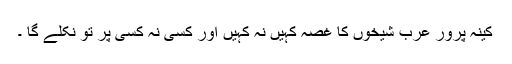
کینہ پرور عرب شیخوں کا غصہ کہیں نہ کہیں اور کسی نہ کسی پر تو نکلے گا ۔